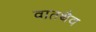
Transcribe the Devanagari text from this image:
वातथैव